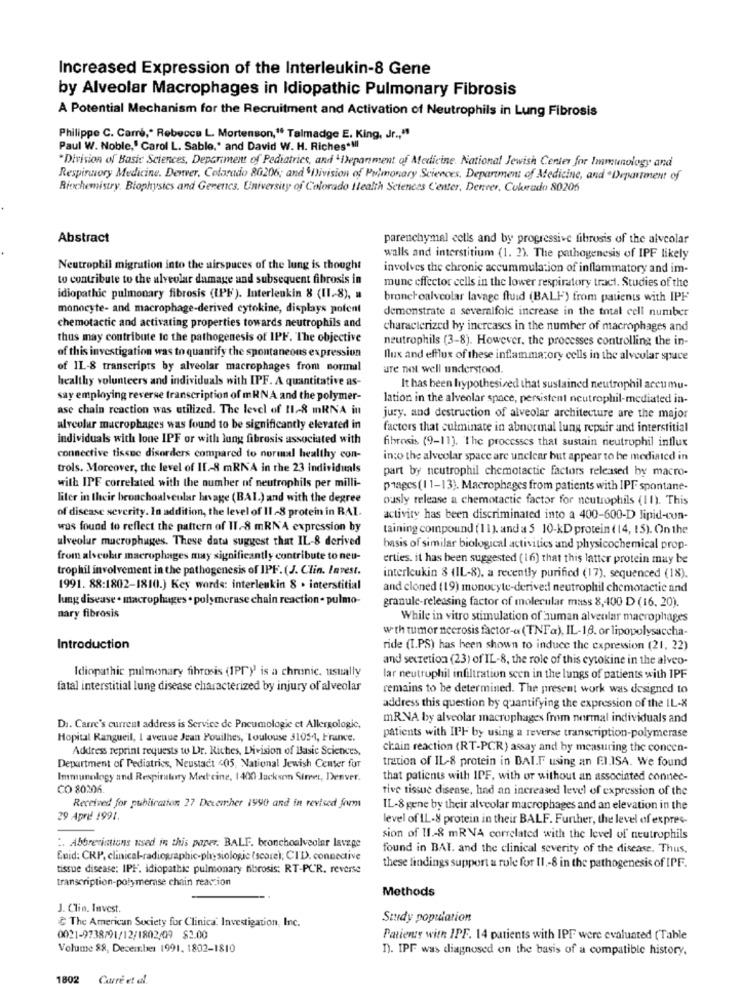
Increased Expression of the Interleukin-8 Gene
by Alveolar Macrophages in Idiopathic Pulmonary Fibrosis
A Potential Mechanism for the Recruitment and Activation of Neutrophils in Lung Fibrosis
Philippe C. Carré ,* Rebecca L. Mortenson," Talmadge E. King, Jr ., “
Paul W. Noble," Carol L. Sable,' and David W. H. Riches *!!!
*Division of Basic Sciences, Department of Pediatrics, and "Department of Medicine. National Jewish Center for Immunology and
Respiratory Medicine. Denver, Colorado 80206; and'Division of Pulmonary Sciences, Department of Medicine, and "Department of
Biochemistry. Biophysics and Genetics. University of Colorado Health Sciences Center, Denver, Colorado 80206
Abstract
parenchymal cells and by progressive fibrosis of the alveolar
walls and interstitium (1. 2). The pathogenesis of IPF likely
Neutrophil migration into the airspaces of the lung is thought
involves the chronic accummulation of inflammatory and im-
to contribute to the alveolar damage and subsequent fibrosis in
mune effector cells in the lower respiratory tract. Studies of the
idiopathic pulmonary fibrosis (IPF). Interleukin 8 (II .- 8),
bronchoalveolar lavage fluid (BALF) from patients with IPF
monocyte- and macrophage-derived cytokine, displays potent
demonstrate a severalfold increase in the total cell number
chemotactic and activating properties towards neutrophils and
characterized by increases in the number of macrophages and
thus may contribute to the pathogenesis of IPF. The objective
neutrophils (3-8). However, the processes controlling the in-
of this investigation was to quantify the spontaneous expression
flux and efflux of these inflammatory cells in the alveolar space
of IL-8 transcripts by alveolar macrophages from normal
ure THOH well understood.
healthy volunteers and individuals with IPF. A quantitative as-
It has been hypothesized that sustained neutrophil accumu-
say employing reverse transcription of mRNA and the polymer-
lation in the alveolar space, persistent neutrophil-mediated in-
ase chain reaction was utilized. The level of 11-8 mRNA in
jury. and destruction of alveolar architecture are the major
alreolur macrophages was found to be significantly elevated in
factors that culminate in abnormal lung repair and interstitial
individuals with lone IPF or with lung fibrosis associated with
fibrosis (9-11). The processes that sustain neutrophil influx
connective tissue disorders compared to normal healthy con-
into the alveolar space are unclear but appear to be mediated in
trols. Moreover, the level of II .- 8 mRNA in the 23 Individuals
part by neutrophil chemotactic factors released by macro-
with IPF correlated with the number of neutrophils per milli-
plages (11-13). Macrophages from patients with IPF spontane-
liter in their bronchoalveolar lavage (BAI.) and with the degree
ously release a chemotactic factor for neutrophils (11). This
of disease severity. In addition, the level of II-8 protein in RAI.
activity has been discriminated into a 400-600-D lipid-cun-
was found to reflect the pattern of II.8 mRN'A expression by
taining compound ( 11). and a 5 10-kD protein ( 14, 15). On the
ulveolur macrophages. These data suggest that IL-8 derived
basis of similar biological activities and physicochemical prop-
from alscobir macrophages may significantly contribute to neu-
erties. it has been suggested ( 16) that this latter protein may be
trophil involvement in the pathogenesis of IPF.(J. Clin. Invest.
interleukin 8 (IL-8), a recently purified (17). sequenced (18).
1991. 88:1802-1810.) Key words: interleukin 8 . interstitial
and cloned (19) monocyte-derived neutrophil chemotactic and
lung disease . macrophages . polymerase chain reaction . pulmo-
granule-releasing factor of molecular mass 8,400 D (16. 20).
nary fibrosis
While in vitro stimulation of human alveolar macrophages
wth tumor necrosis factor-« (TNFa), IL-18. or lipopolysaccha-
Introduction
ride (I.PS) has been shown to induce the expression (21, 22)
and secretion (23) of IL-8, the role of this cytokine in the alveo-
Idiopathic pulmonary fibrosis (1PT) is a chronic, usually
lar neutrophil infiltration scen in the lungs of patients with IPF
fatal interstitial lung disease characterized by injury of alveolar
remains to be determined. The present work was designed to
address this question by quantifying the expression of the IL-X
mRNA by alveolar macrophages from normal individuals and
Da. Carre's current address is Service de Pneumologie et Allergologic,
Hopital Rangueil, 1 avenue Jean Pouilhes, Toulouse 31054, France.
patients with IPF by using a reverse transcription-polymerase
Address reprint requests to Dr. Riches, Division of Basic Sciences,
chain reaction (RT-PCR) assay and by measuring the concen-
tration of IL-8 protein in BALT using an FI.ISA. We found
Department of Pediatrics, Neustadt ‹05, National Jewish Center for
Immunology and Respiratory Mest cine, 1400 Jackson Street, Denver,
that patients with IPF, with or without an associated connec-
CO 80206.
tive tissue disense, had an increased level of expression of the
Received for publication 27 December 1990 and in revised forms
IL-8 gene by their alveolar macrophages and an elevation in the
29 April 1991.
level of IL-8 protein in their BALF. Further, the level of expres-
:. Abbreviations used in this paper. BALF. bronchoalveolar lavage
sion of 11 .- 8 mRVA correlated with the level of neutrophils
found in BAY. and the clinical severity of the disease. Thus,
Enid: CRP, clinical-radiographic-physiologic (score); CID, connective
tissue disease: IPF. idiopathic pulmonary fibrosis: RT-PCR. reverse
these findings support a role for II .- 8 in the pathogenesis of IPF.
transcription-polymerase chain reaction
Methods
J. Clin. Invest.
Study population
The American Society for Clinica Investigation, Inc.
0021-9738/91/12/1802/09 $2.00
Patients with IPF. 14 patients with IPF were evaluated (Table
Volume 88, December 1991. 1802-1810
1). IPF was diagnosed on the basis of a compatible history,
1802
Carrè et al.